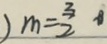
) m = \frac { 3 } { 2 }